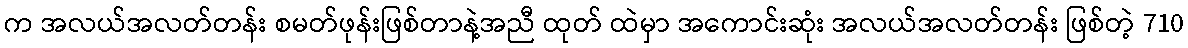
က အလယ်အလတ်တန်း စမတ်ဖုန်းဖြစ်တာနဲ့အညီ ထုတ် ထဲမှာ အကောင်းဆုံး အလယ်အလတ်တန်း ဖြစ်တဲ့ 710